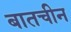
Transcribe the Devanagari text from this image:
बातचीन